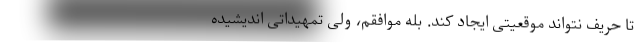
تا حریف نتواند موقعیتی ایجاد کند. بله موافقم، ولی تمهیداتی اندیشیده